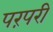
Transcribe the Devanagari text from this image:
परंपरी